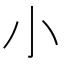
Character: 小